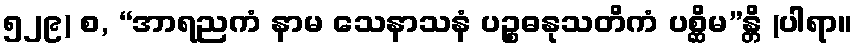
၅၂၉) စ, “အာရညကံ နာမ သေနာသနံ ပဉ္စဓနုသတိကံ ပစ္ဆိမ”န္တိ (ပါရာ။